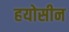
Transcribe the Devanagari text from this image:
हयोसीन